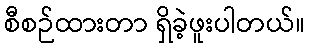
စီစဉ်ထားတာ ရှိခဲ့ဖူးပါတယ်။